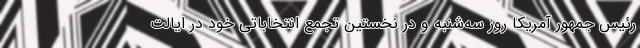
رئیس جمهور آمریکا روز سه‌شنبه و در نخستین تجمع انتخاباتی خود در ایالت